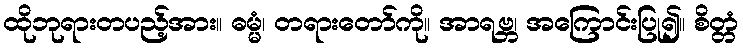
ထိုဘုရားတပည့်အား။ ဓမ္မံ၊ တရားတော်ကို။ အာရဗ္ဘ၊ အကြောင်းပြု၍။ စိတ္တံ